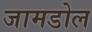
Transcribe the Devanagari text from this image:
जामडोल